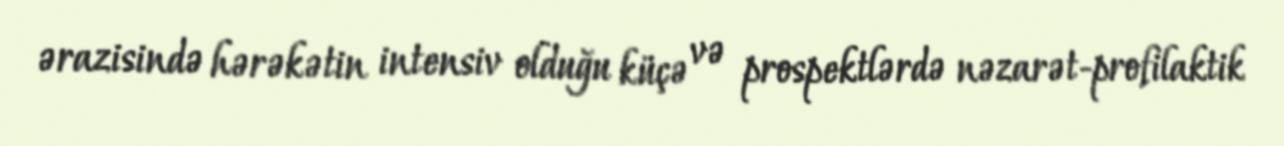
ərazisində hərəkətin intensiv olduğu küçə və prospektlərdə nəzarət-profilaktik